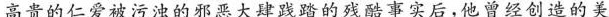
高贵的仁爱被污浊的邪恶大肆践的残酷事实后，他曾经创造的美